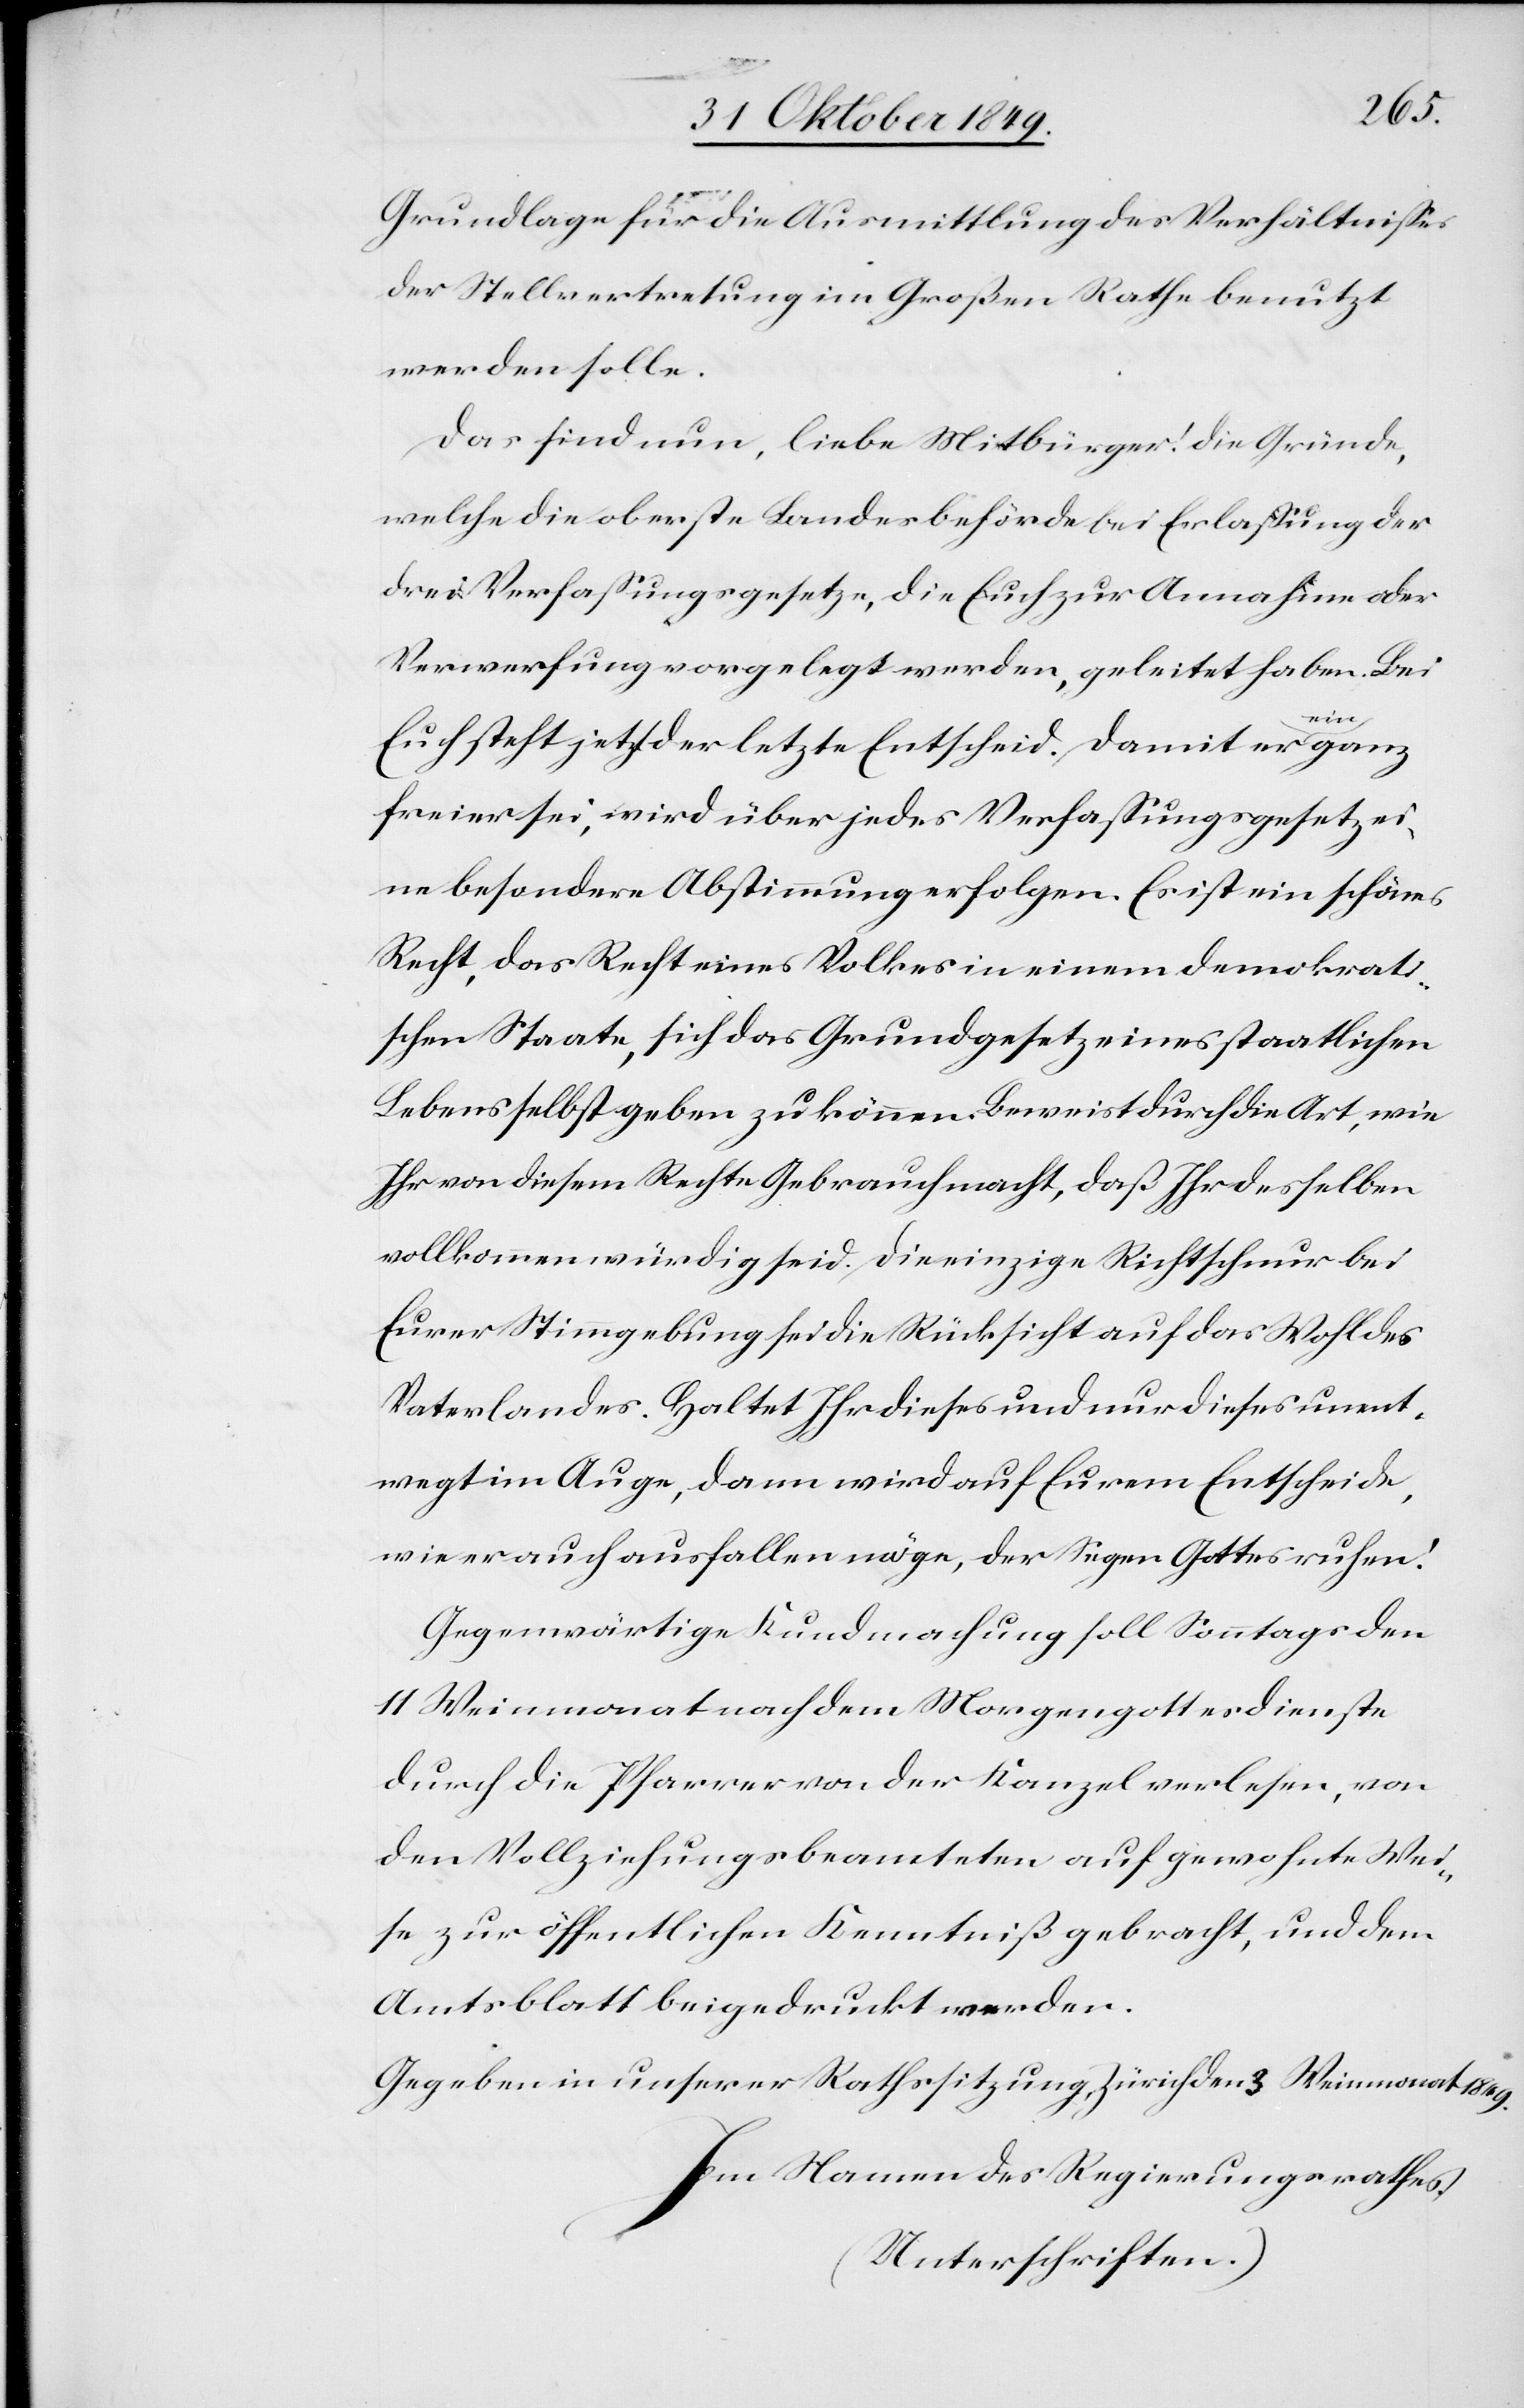
Grundlage für die Ausmittlung des Verhältnißes
der Stellvertretung im Großen Rathe benutzt
werden solle.
Das sind nun, liebe Mitbürger! die Gründe,
welche die oberste Standesbehörde bei Erlaßung der
drei Verfaßungsgesetze, die Euch zur Annahme oder
Verwerfung vorgelegt werden, geleitet haben. Bei
Euch steht jetzt der letzte Entscheid. Damit er ein ganz
freier sei, wird über jedes Verfaßungsgesetz ei¬
ne besondere Abstimmung erfolgen. Es ist ein schönes
Recht, das Recht eines Volkes in einem demokrati¬
schen Staate, sich das Grundgesetz eines staatlichen
Lebens selbst geben zu können. Bereits durch die Art, wie
Ihr von diesem Rechte Gebrauch macht, daß Ihr desselben
vollkommen würdig seit. Die einzige Richtschnur bei
Eurer Stimmgebung sei die Rücksicht auf das Wohl des
Vaterlandes. Haltet Ihr dieses und nur dieses unent¬
wegt im Auge, dann wird auf Eurem Entscheide,
wie er auch ausfallen möge, der Segen Gottes ruhen!
Gegenwärtige Kundmachung soll Sonntags den
11 Weinmonat nach dem Morgengottesdienste
durch die Pfarrer von der Kanzel verlesen, von
den Vollziehungsbeamteten auf gewohnte Wei¬
se zur öffentlichen Kenntniß gebracht, und dem
Amtsblatt beigedruckt werden.
Gegeben in unserer Volkssitzung Zürich den 3 Weinmonat 1849.
Im Namen des Regierungsrathes.
(Unterschriften.)